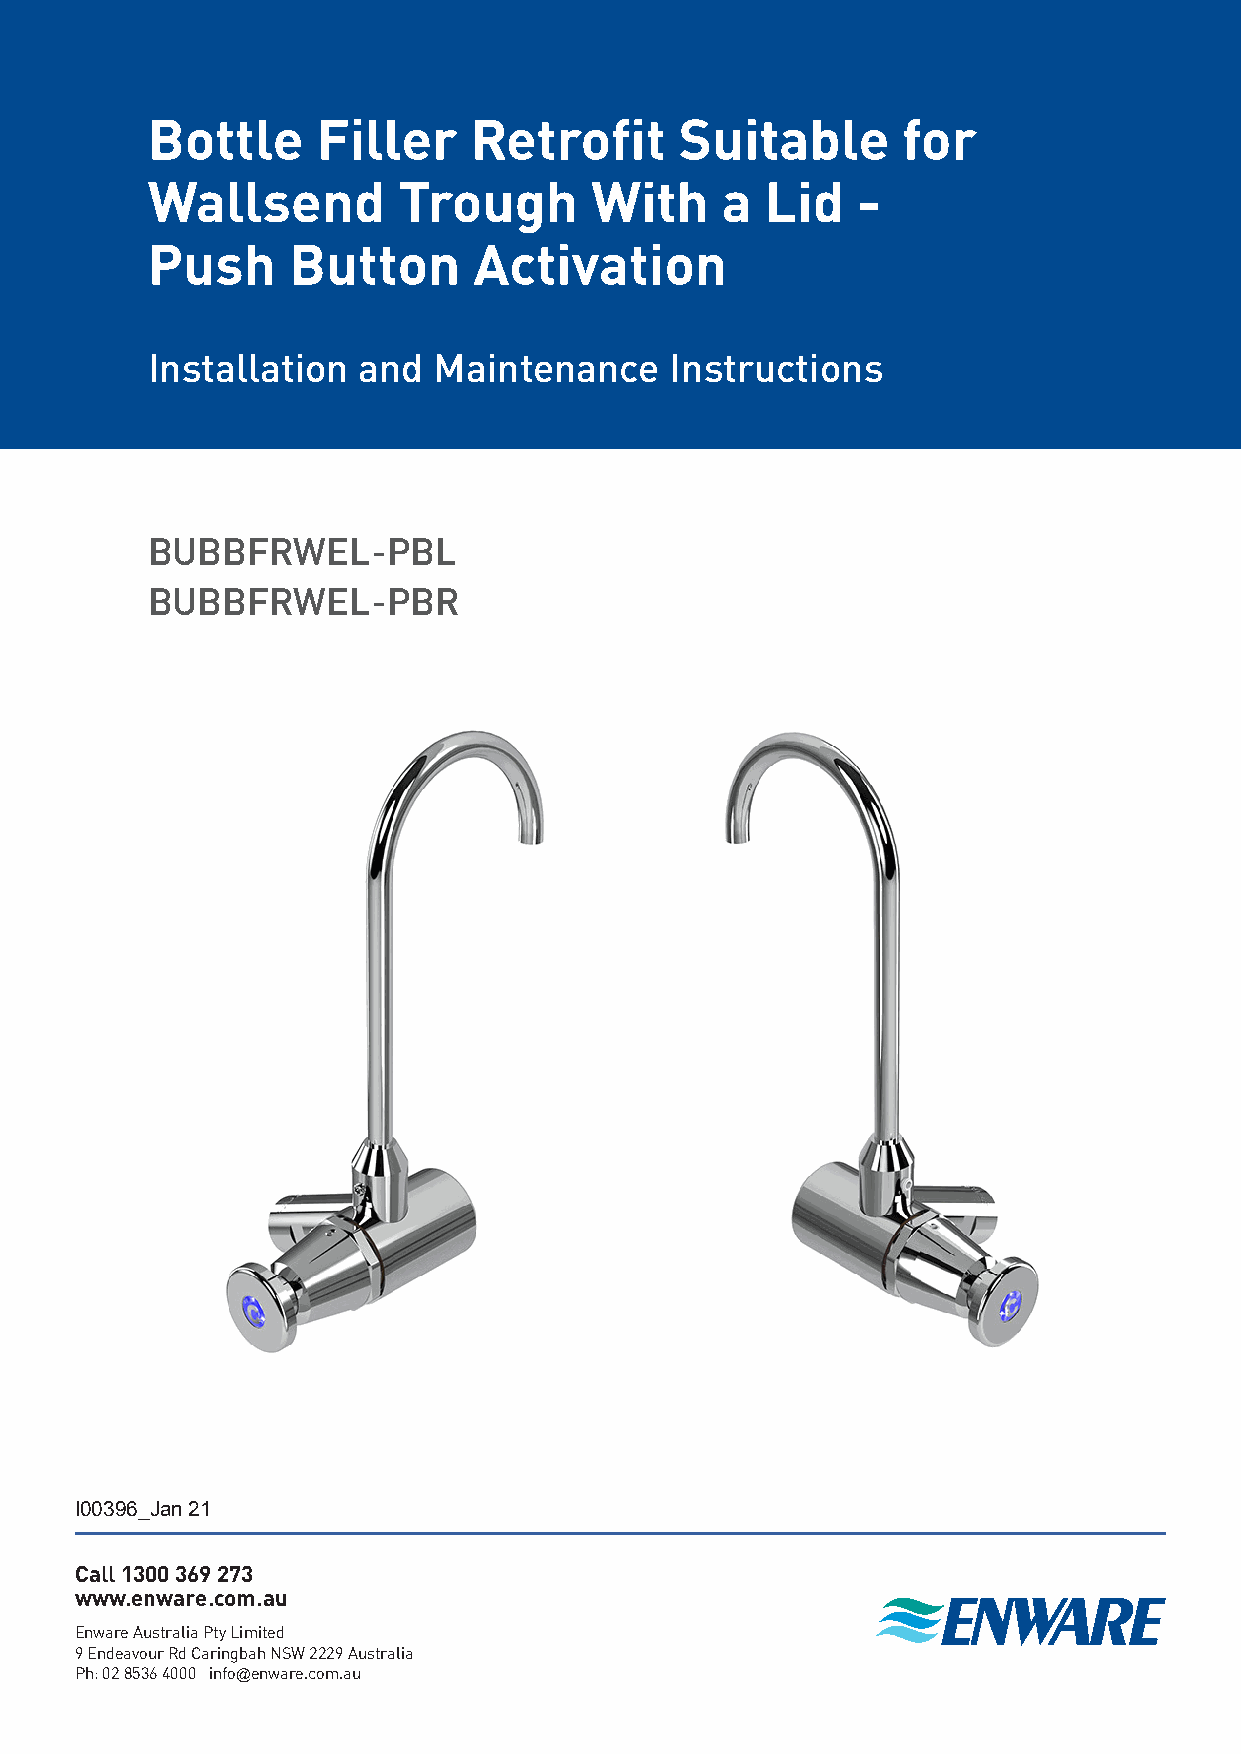
Bottle     Filler    Retrofit      Suitable       for
 Wallsend        Trough       With     a  Lid   -
 Push     Button      Activation
 Installation  and  Maintenance    Instructions
 BUBBFRWEL-PBL
 BUBBFRWEL-PBR
 I00396_Jan 21
 Call 1300 369 273
 www.enware.com.au
 Enware Australia Pty Limited
 9 Endeavour Rd Caringbah NSW 2229 Australia
 Ph: 02 8536 4000 info@enware.com.au